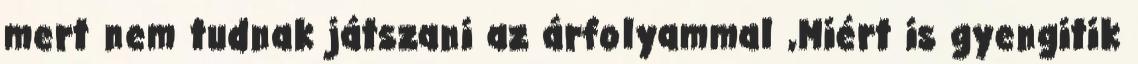
mert nem tudnak játszani az árfolyammal ,Miért is gyengitik